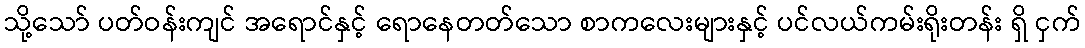
သို့သော် ပတ်ဝန်းကျင် အရောင်နှင့် ရောနေတတ်သော စာကလေးများနှင့် ပင်လယ်ကမ်းရိုးတန်း ရှိ ငှက်